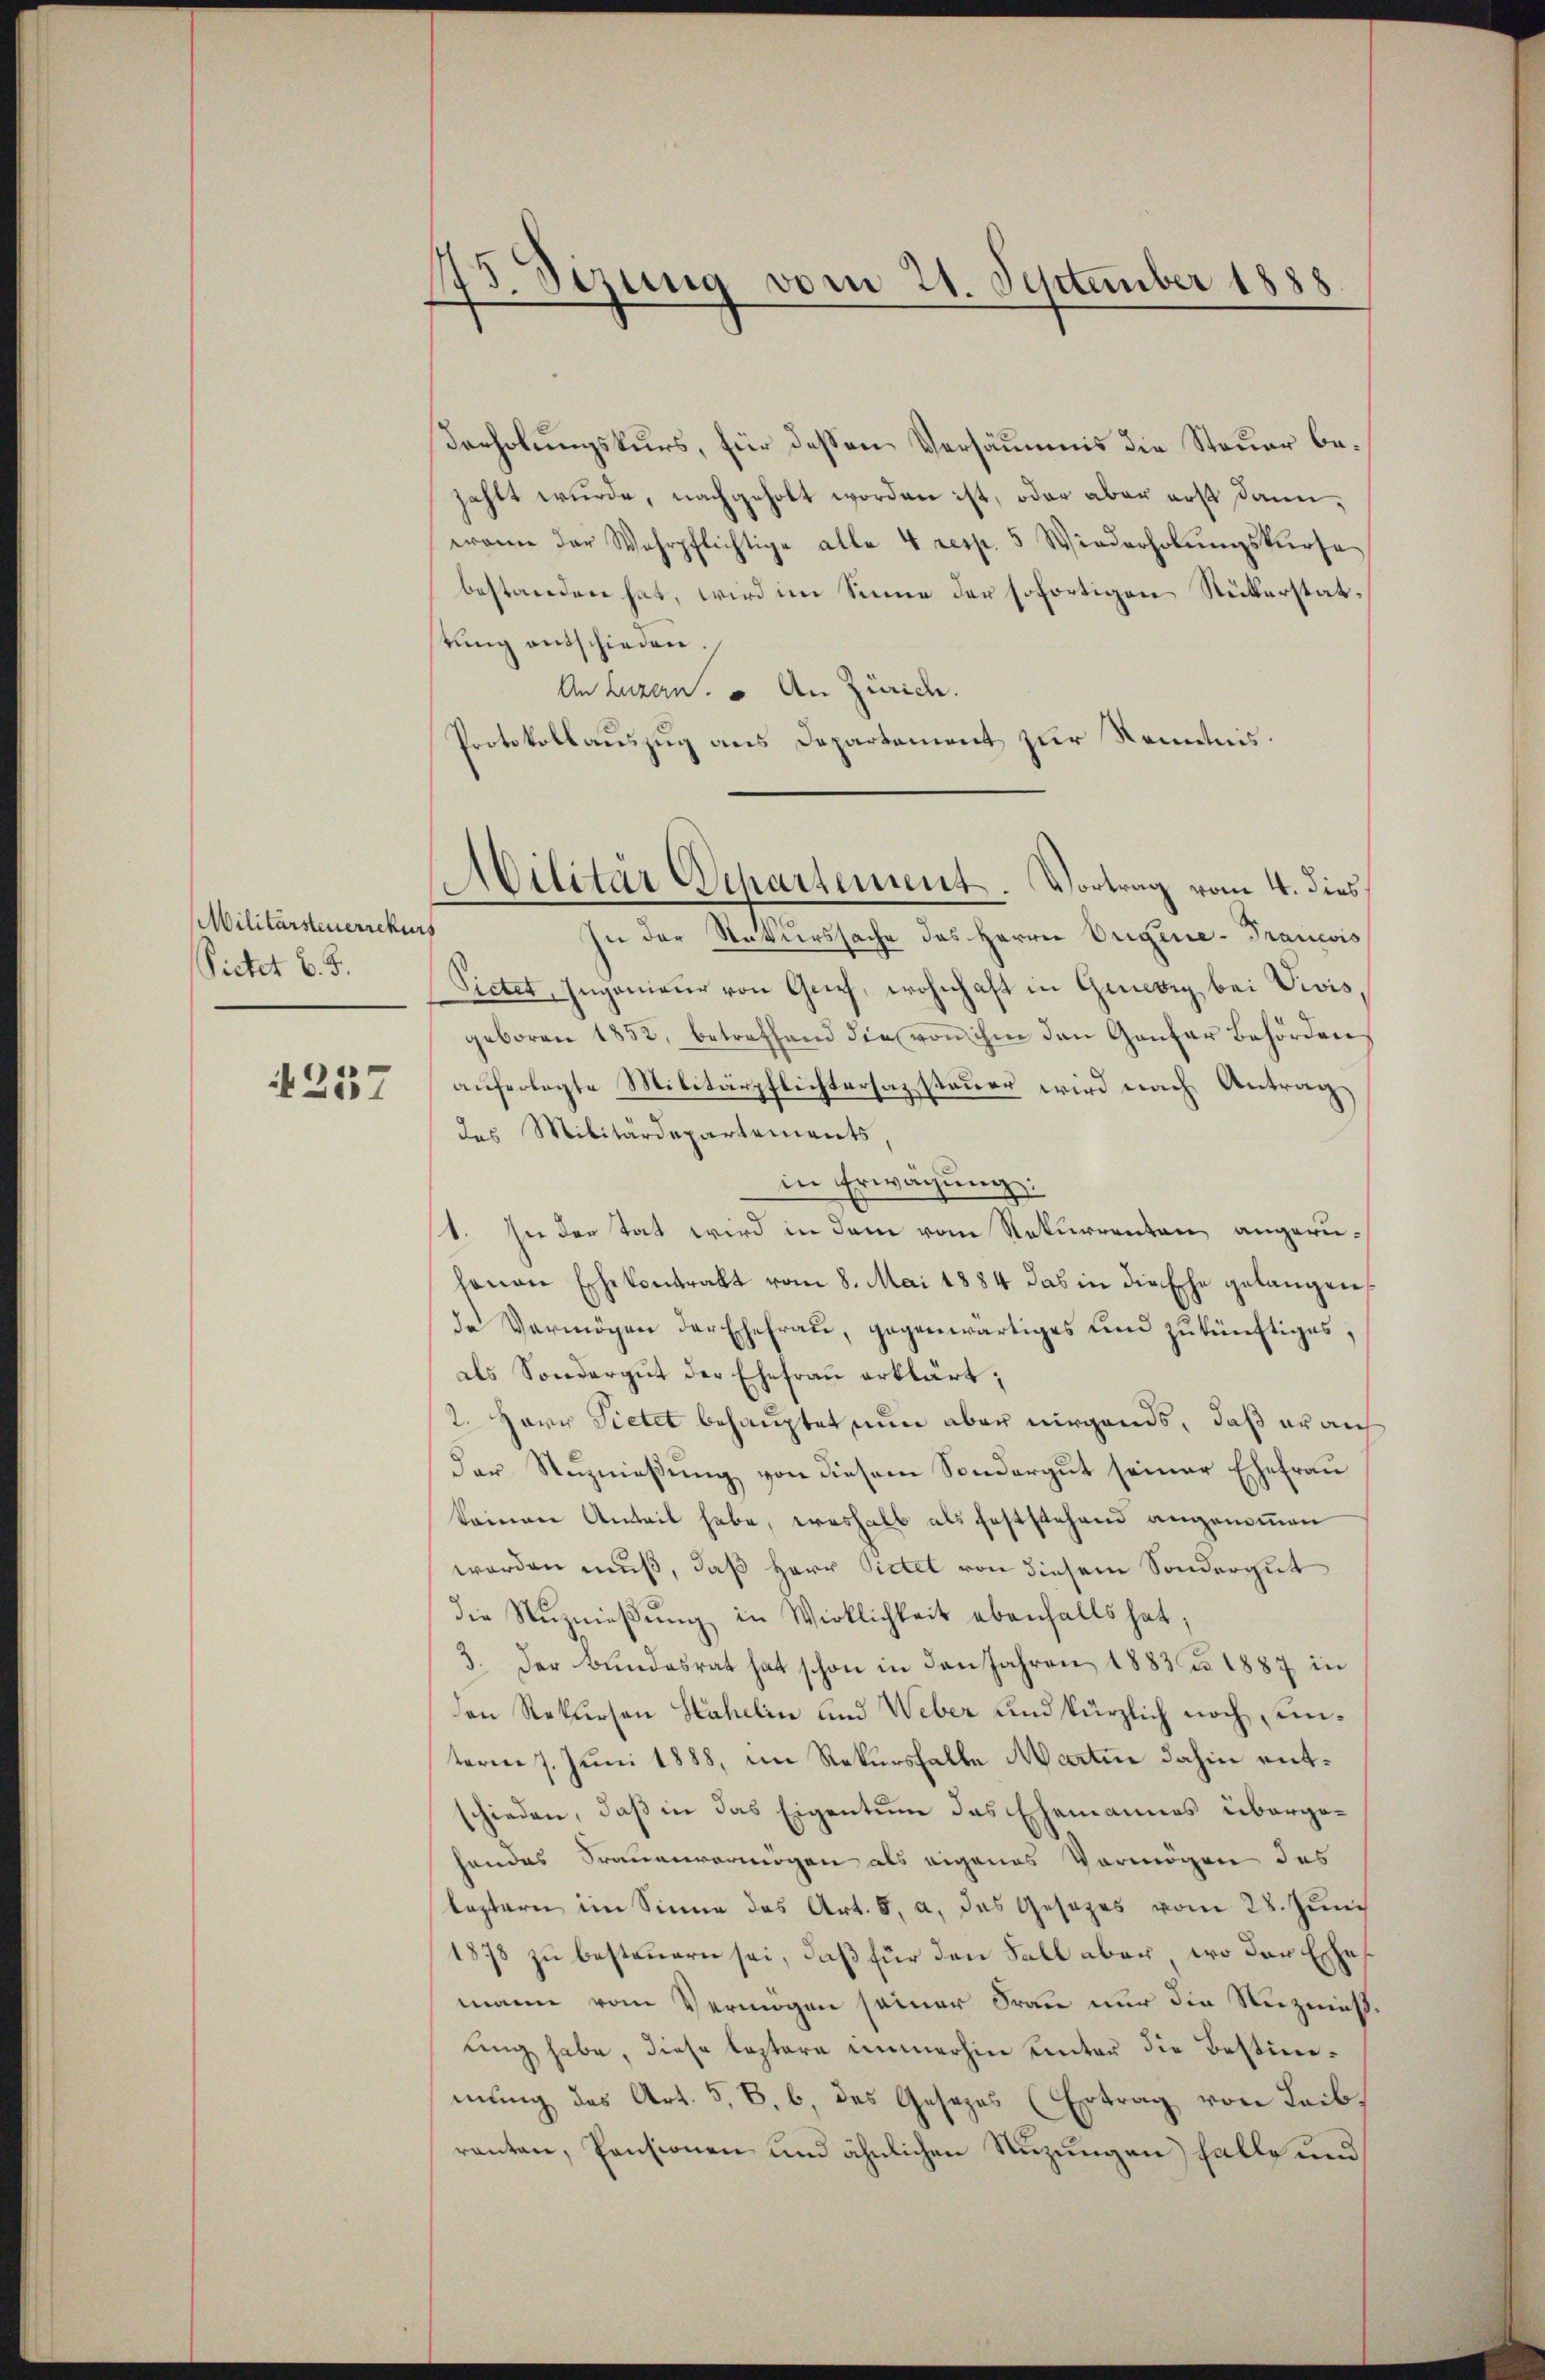
Militärsteuerrekurs
Sietet v. J.

4257

15. Sirung vom 21. September 1888.

derholungskurs, für dessen Versäumnis die Steuer bezahlt wurde, nachgeholt worden ist, oder aber aus dann,
wann der Wahrpflichtige alle 4 resp. 5 Wiederholŭngskurse
bestanden hat, wird im Sinne der sofortigen Rükerstatrŭng entschieden.
An Luzern. An Zürice.
Protokollauszug aus Departement zur Kenntnis.
In der Naturssache des Herrn Origene Francois
Pictet, Ingenieur von Grief, wohnhaft in Geneig bei Vivis
geboren 1852, betreffend die von ihm den Gantar Behörden
auferlegte Militärpflichtersazsteuer wird nach Antrag
des Militärdepartements,
in Erwägŭng:
1. In der Tat wird in dem vom Rekurrenten angeruhonen Ehekontrakt vom 8. Mai 1884 das in die Ehe gelangen,
de Vermögen der Ehefrau, gegenwärtiges und zukünftiges,
als Sondergut der Ehefrau erklärt;
2. Herr Pietet behauptet nun aber nirgends, daß er auf
der Stuznießung von diesem Sondergut seiner Ehefrau
keinen Anteil habe, weshalb als Feststehend angenommen
worden muß, daß Herr Pietet von diesem Sondergut
die Nuznießung in Wirklichkeit ebenfalls hat,
3. Der Bundesrat hat schon in den Jahren 1883 u. 1887 in
den Rekursen Hahelin und Weber und kürzlich noch einterm 7. Juni 1888, im Rekurshalte Martin dahin entschieden, daß in das Eigentum das Ehemannes überge-
handes Trauenvermögen als eigenes Vermögen des
leztern im Sinne des Art. 5, a, das Gesezes vom 28. Juni
1878 zu besteuern sei, daß für den Fall aber, wo der Erhemann vom Vermögen seiner Frau nur die Nuzmisling habe, diese leztere immerhin unter die Bestimmung des Art. 5, 8. b. das Gesezes (Ertrag von Leibranten, Pensionen und ähnlichen Nuzungen falle und

Militär Departement. Vortrag vom 4. dies